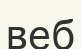
веб